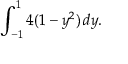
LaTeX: \displaystyle \int _ { - 1 } ^ { 1 } 4 ( 1 - y ^ { 2 } ) \, d y .